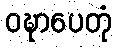
ဝဍ္ဎာပေတုံ